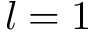
l = 1